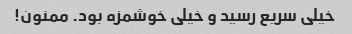
خیلی سریع رسید و خیلی خوشمزه بود. ممنون!